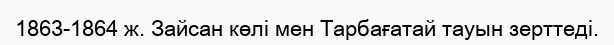
1863-1864 ж. Зайсан көлі мен Тарбағатай тауын зерттеді.